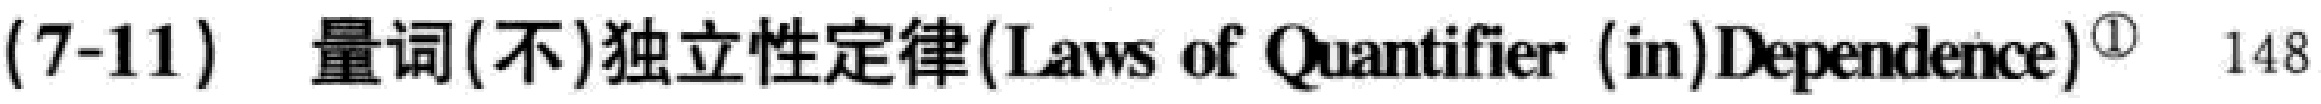
(7-11) 量词(不)独立性定律(Laws of Quantifier (in)Dependence)${}^{\textcircled{1}}$ 148